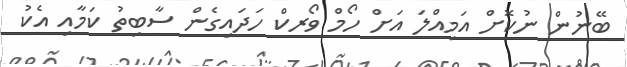
ބޭނުން ނުކޮށް އަމިއްލަ އަށް ހޯމް ވޯރކް ހަދައިގެން ސާބިތު ކަމާއި އެކު